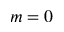
m = 0